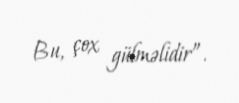
Bu, çox gülməlidir”.